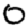
Digit: 0